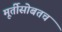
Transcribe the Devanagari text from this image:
मूर्तीसोबतच